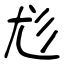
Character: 尨